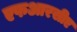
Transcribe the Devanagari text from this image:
एफआरसीए